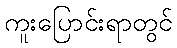
ကူးပြောင်းရာတွင်